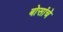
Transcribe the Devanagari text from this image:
बोसांचे